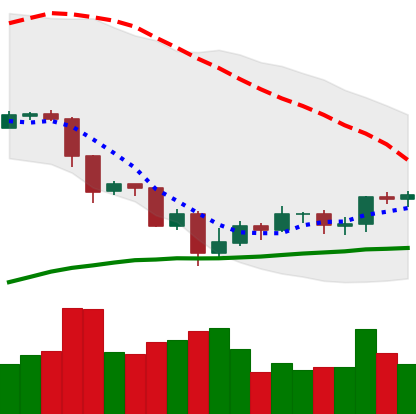
Ticker: EOS-USD
Chart end date: 2019-07-26
Forward return: -4.414%
Label: down_3_5